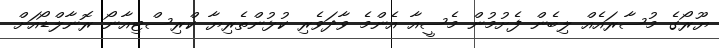
ޔޫރޯގެ މުސާރައެއް ލިބެން ފެށުމުން މެސީއާ އެންމެ ވާދަވެރި ކުޅުންތެރިޔާ ކްރިސްޓިއާނޯ ރޮނާލްޑޯއަށް